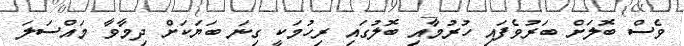
ވެސް ބޮލަށް ބަރުވެފައި ހުރުމާއި ބޮލުގައި ރިހުމަކީ ގިނަ ބަޔަކަށް ދިމާވާ މައްސަލަ